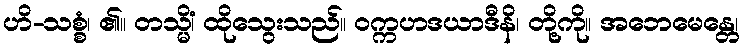
ဟိ-သစ္စံ၊ ၏။ တသ္မိံ၊ ထိုသွေးသည်။ ဝက္ကဟဒယာဒီနိ၊ တို့ကို။ အဘေမေန္တေ၊